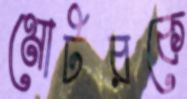
মোটরকে